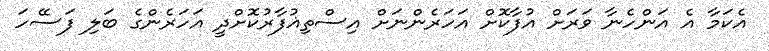
އެކަމާ އެ އަންހެނާ ވަރަށް އުފާކޮށް އަހަރެންނަށް އިސްތިޣުފާރުކޮށްދީ އަހަރެންގެ ބަލި ފަސޭހަ